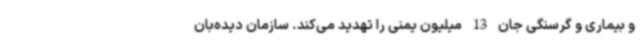
و بیماری و گرسنگی جان 13 میلیون یمنی را تهدید می‌کند. سازمان دیده‌بان